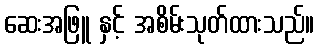
ဆေးအဖြူ နှင့် အစိမ်းသုတ်ထားသည်။